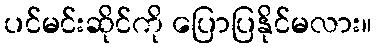
ပင်မင်းဆိုင်ကို ပြောပြနိုင်မလား။